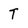
Character: T